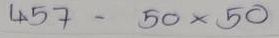
457. - 50 x 50